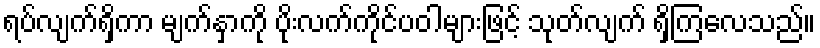
ရပ်လျက်ရှိကာ မျက်နှာကို ပိုးလက်ကိုင်ပဝါများဖြင့် သုတ်လျက် ရှိကြလေသည်။